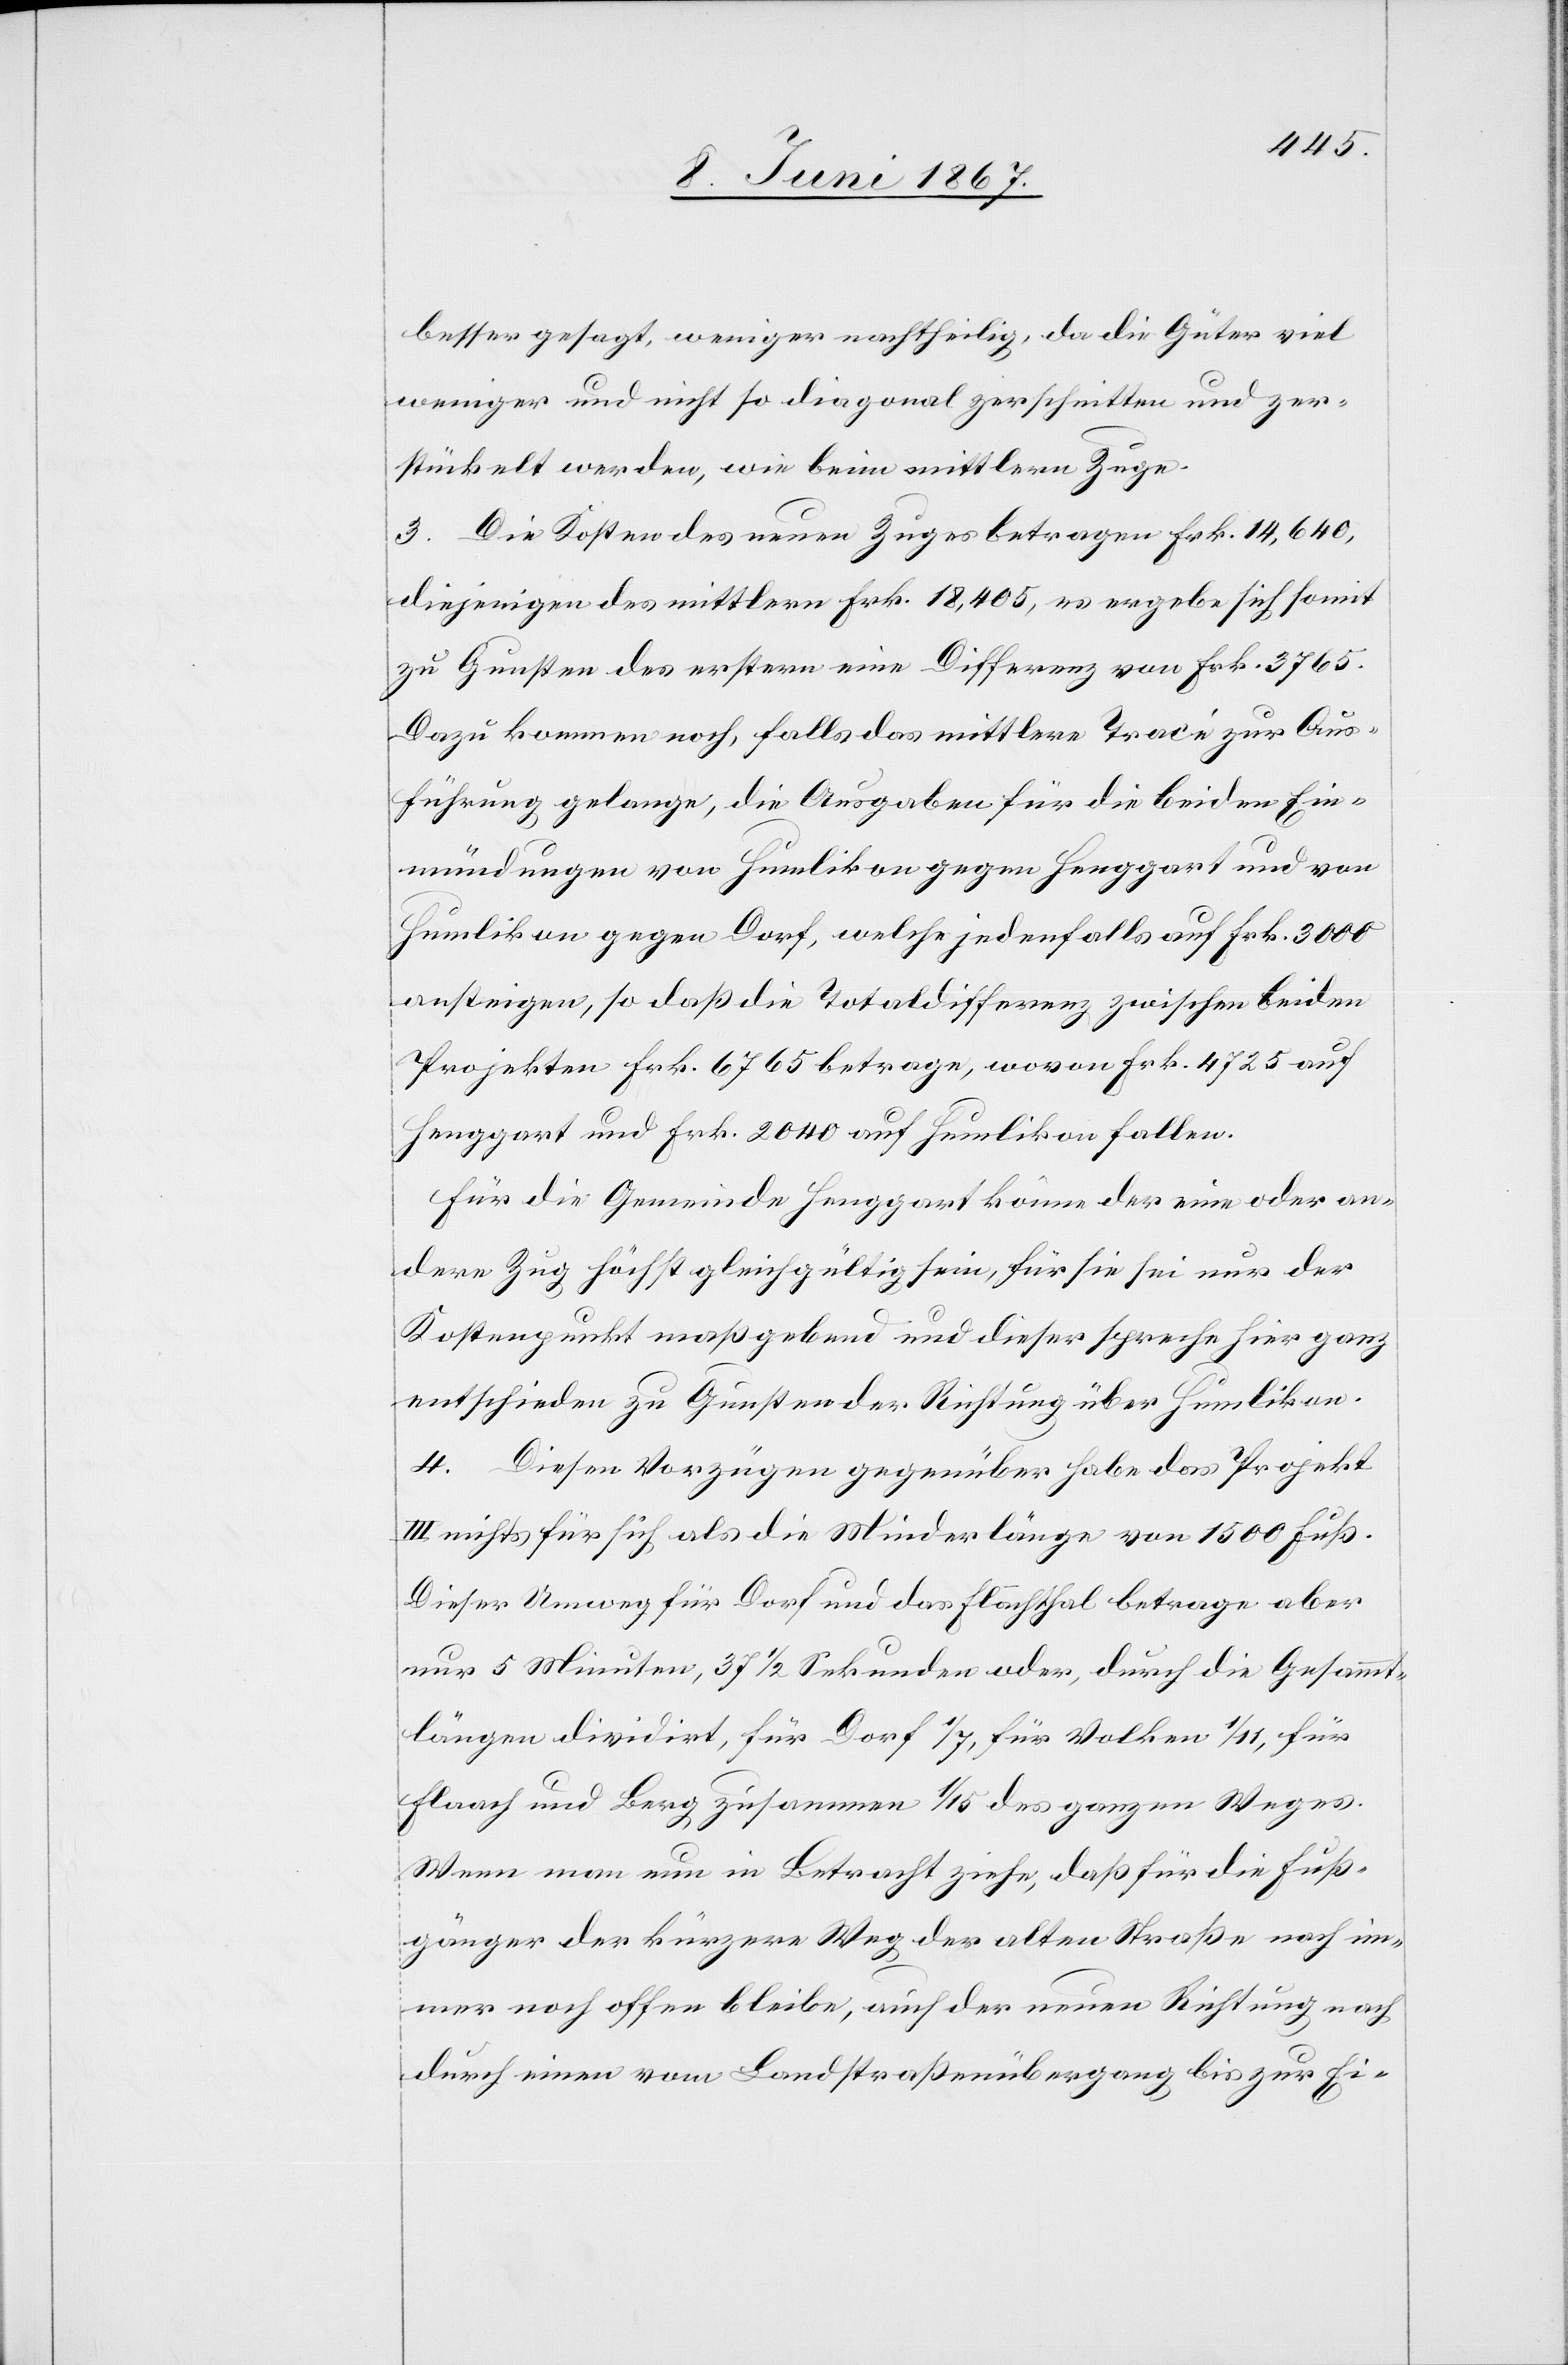
besser gesagt, weniger nachtheilig, da die Güter viel
weniger und nicht so diagonal zerschnitten und zer¬
stückelt werden, wie beim mittlern Zuge.
3. Die Kosten des neuen Zuges betragen Frk. 14,640,
diejenigen des mittlern Frk. 18,405, es ergebe sich somit
zu Gunsten des erstern eine Differenz von Frk. 3765.
Dazu kommen noch, falls das mittlere Tracé zur Aus¬
führung gelange, die Ausgaben für die beiden Ein¬
mündungen von Humlikon gegen Henggart und von
Humlikon gegen Dorf, welche jedenfalls auf Frk. 3000
ansteigen, so daß die Totaldifferenz zwischen beiden
Projekten Frk. 6765 betrage, wovon Frk. 4725 auf
Henggart und Frk. 2040 auf Humlikon fallen.
Für die Gemeinde Henggart könne der eine oder an¬
dere Zug höchst gleichgültig sein, für sie sei nur der
Kostenpunkt maßgebend und dieser spreche hier ganz
entschieden zu Gunsten der Richtung über Humlikon.
4. Diesen Vorzügen gegenüber habe das Projekt
III nichts für sich als die Minderlänge von 1500 Fuß.
Dieser Umweg für Dorf und das Flaachthal betrage aber
nur 5 Minuten, 37 1/2 Sekunden oder, durch die Gesammt¬
längen dividirt, für Dorf 1/7, für Volken 1/11, für
Flaach und Berg zusammen 1/15 des ganzen Weges.
Wenn man nun in Betracht ziehe, daß für die Fuß¬
gänger der kürzere Weg der alten Straße nach im¬
mer noch offen bleibe, auf der neuen Richtung nach
durch einen vom Landstraßenübergang bis zur Ei-